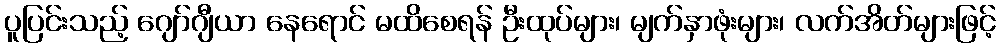
ပူပြင်းသည့် ဂျော်ဂျီယာ နေရောင် မထိစေရန် ဦးထုပ်များ၊ မျက်နှာဖုံးများ၊ လက်အိတ်များဖြင့်